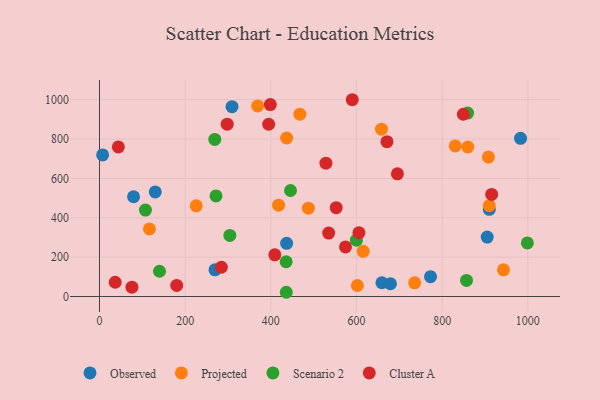
{"axis": {"x": "Study Hours", "y": "Fuel Efficiency"}, "legend": ["Cluster A", "Observed", "Projected", "Scenario 2"], "data": [{"x": "659.3", "y": 69.8, "type": "Observed"}, {"x": "79.5", "y": 506.8, "type": "Observed"}, {"x": "982.9", "y": 803.5, "type": "Observed"}, {"x": "905.1", "y": 302.1, "type": "Observed"}, {"x": "269.6", "y": 135.8, "type": "Observed"}, {"x": "910.0", "y": 442.9, "type": "Observed"}, {"x": "130.1", "y": 531.6, "type": "Observed"}, {"x": "7.3", "y": 719.2, "type": "Observed"}, {"x": "679.3", "y": 64.9, "type": "Observed"}, {"x": "436.9", "y": 270.3, "type": "Observed"}, {"x": "772.8", "y": 100.9, "type": "Observed"}, {"x": "309.4", "y": 964.3, "type": "Observed"}, {"x": "909.9", "y": 461.5, "type": "Projected"}, {"x": "602.0", "y": 55.8, "type": "Projected"}, {"x": "908.0", "y": 708.3, "type": "Projected"}, {"x": "615.7", "y": 229.6, "type": "Projected"}, {"x": "369.1", "y": 968.1, "type": "Projected"}, {"x": "658.3", "y": 850.1, "type": "Projected"}, {"x": "830.4", "y": 765.2, "type": "Projected"}, {"x": "116.6", "y": 343.2, "type": "Projected"}, {"x": "487.6", "y": 448.6, "type": "Projected"}, {"x": "467.8", "y": 926.5, "type": "Projected"}, {"x": "436.9", "y": 805.4, "type": "Projected"}, {"x": "943.1", "y": 135.4, "type": "Projected"}, {"x": "859.8", "y": 759.6, "type": "Projected"}, {"x": "418.1", "y": 464.1, "type": "Projected"}, {"x": "225.9", "y": 460.5, "type": "Projected"}, {"x": "735.7", "y": 69.7, "type": "Projected"}, {"x": "435.7", "y": 176.5, "type": "Scenario 2"}, {"x": "140.1", "y": 128.4, "type": "Scenario 2"}, {"x": "859.3", "y": 932.2, "type": "Scenario 2"}, {"x": "107.3", "y": 439.1, "type": "Scenario 2"}, {"x": "436.1", "y": 21.5, "type": "Scenario 2"}, {"x": "304.3", "y": 310.1, "type": "Scenario 2"}, {"x": "856.8", "y": 81.6, "type": "Scenario 2"}, {"x": "998.9", "y": 272.1, "type": "Scenario 2"}, {"x": "269.1", "y": 798.0, "type": "Scenario 2"}, {"x": "272.0", "y": 510.8, "type": "Scenario 2"}, {"x": "445.9", "y": 538.5, "type": "Scenario 2"}, {"x": "599.7", "y": 286.0, "type": "Scenario 2"}, {"x": "915.5", "y": 518.8, "type": "Cluster A"}, {"x": "605.7", "y": 324.1, "type": "Cluster A"}, {"x": "398.8", "y": 975.1, "type": "Cluster A"}, {"x": "44.0", "y": 760.1, "type": "Cluster A"}, {"x": "590.1", "y": 999.8, "type": "Cluster A"}, {"x": "298.1", "y": 875.6, "type": "Cluster A"}, {"x": "75.7", "y": 47.2, "type": "Cluster A"}, {"x": "284.5", "y": 148.7, "type": "Cluster A"}, {"x": "535.1", "y": 322.1, "type": "Cluster A"}, {"x": "528.6", "y": 677.3, "type": "Cluster A"}, {"x": "36.7", "y": 72.4, "type": "Cluster A"}, {"x": "552.6", "y": 451.1, "type": "Cluster A"}, {"x": "180.2", "y": 56.5, "type": "Cluster A"}, {"x": "395.0", "y": 875.3, "type": "Cluster A"}, {"x": "409.3", "y": 211.6, "type": "Cluster A"}, {"x": "671.1", "y": 786.6, "type": "Cluster A"}, {"x": "695.5", "y": 623.2, "type": "Cluster A"}, {"x": "574.3", "y": 252.1, "type": "Cluster A"}, {"x": "849.4", "y": 925.9, "type": "Cluster A"}]}